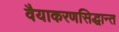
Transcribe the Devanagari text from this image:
वैयाकरणसिद्धान्त